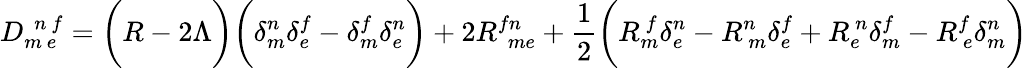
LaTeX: D_{m~e}^{~~n~f}=\biggl(R-2\Lambda\biggr)\biggl(\delta_{m}^{n}\delta_{e}^{f}-\delta_{m}^{f}\delta_{e}^{n}\biggr)+2R_{~~me}^{fn}+\frac{1}{2}\biggl(R_{m}^{~f}\delta_{e}^{n}-R_{~m}^{n}\delta_{e}^{f}+R_{e}^{~n}\delta_{m}^{f}-R_{~e}^{f}\delta_{m}^{n}\biggr)